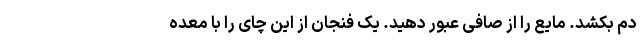
دم بکشد. مایع را از صافی عبور دهید. یک فنجان از این چای را با معده